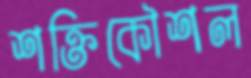
শক্তিকৌশল